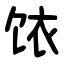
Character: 饻